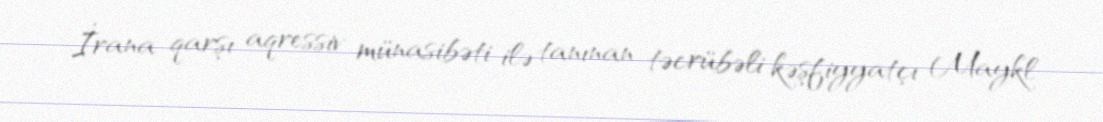
İrana qarşı aqressiv münasibəti ilə tanınan təcrübəli kəşfiyyatçı Maykl